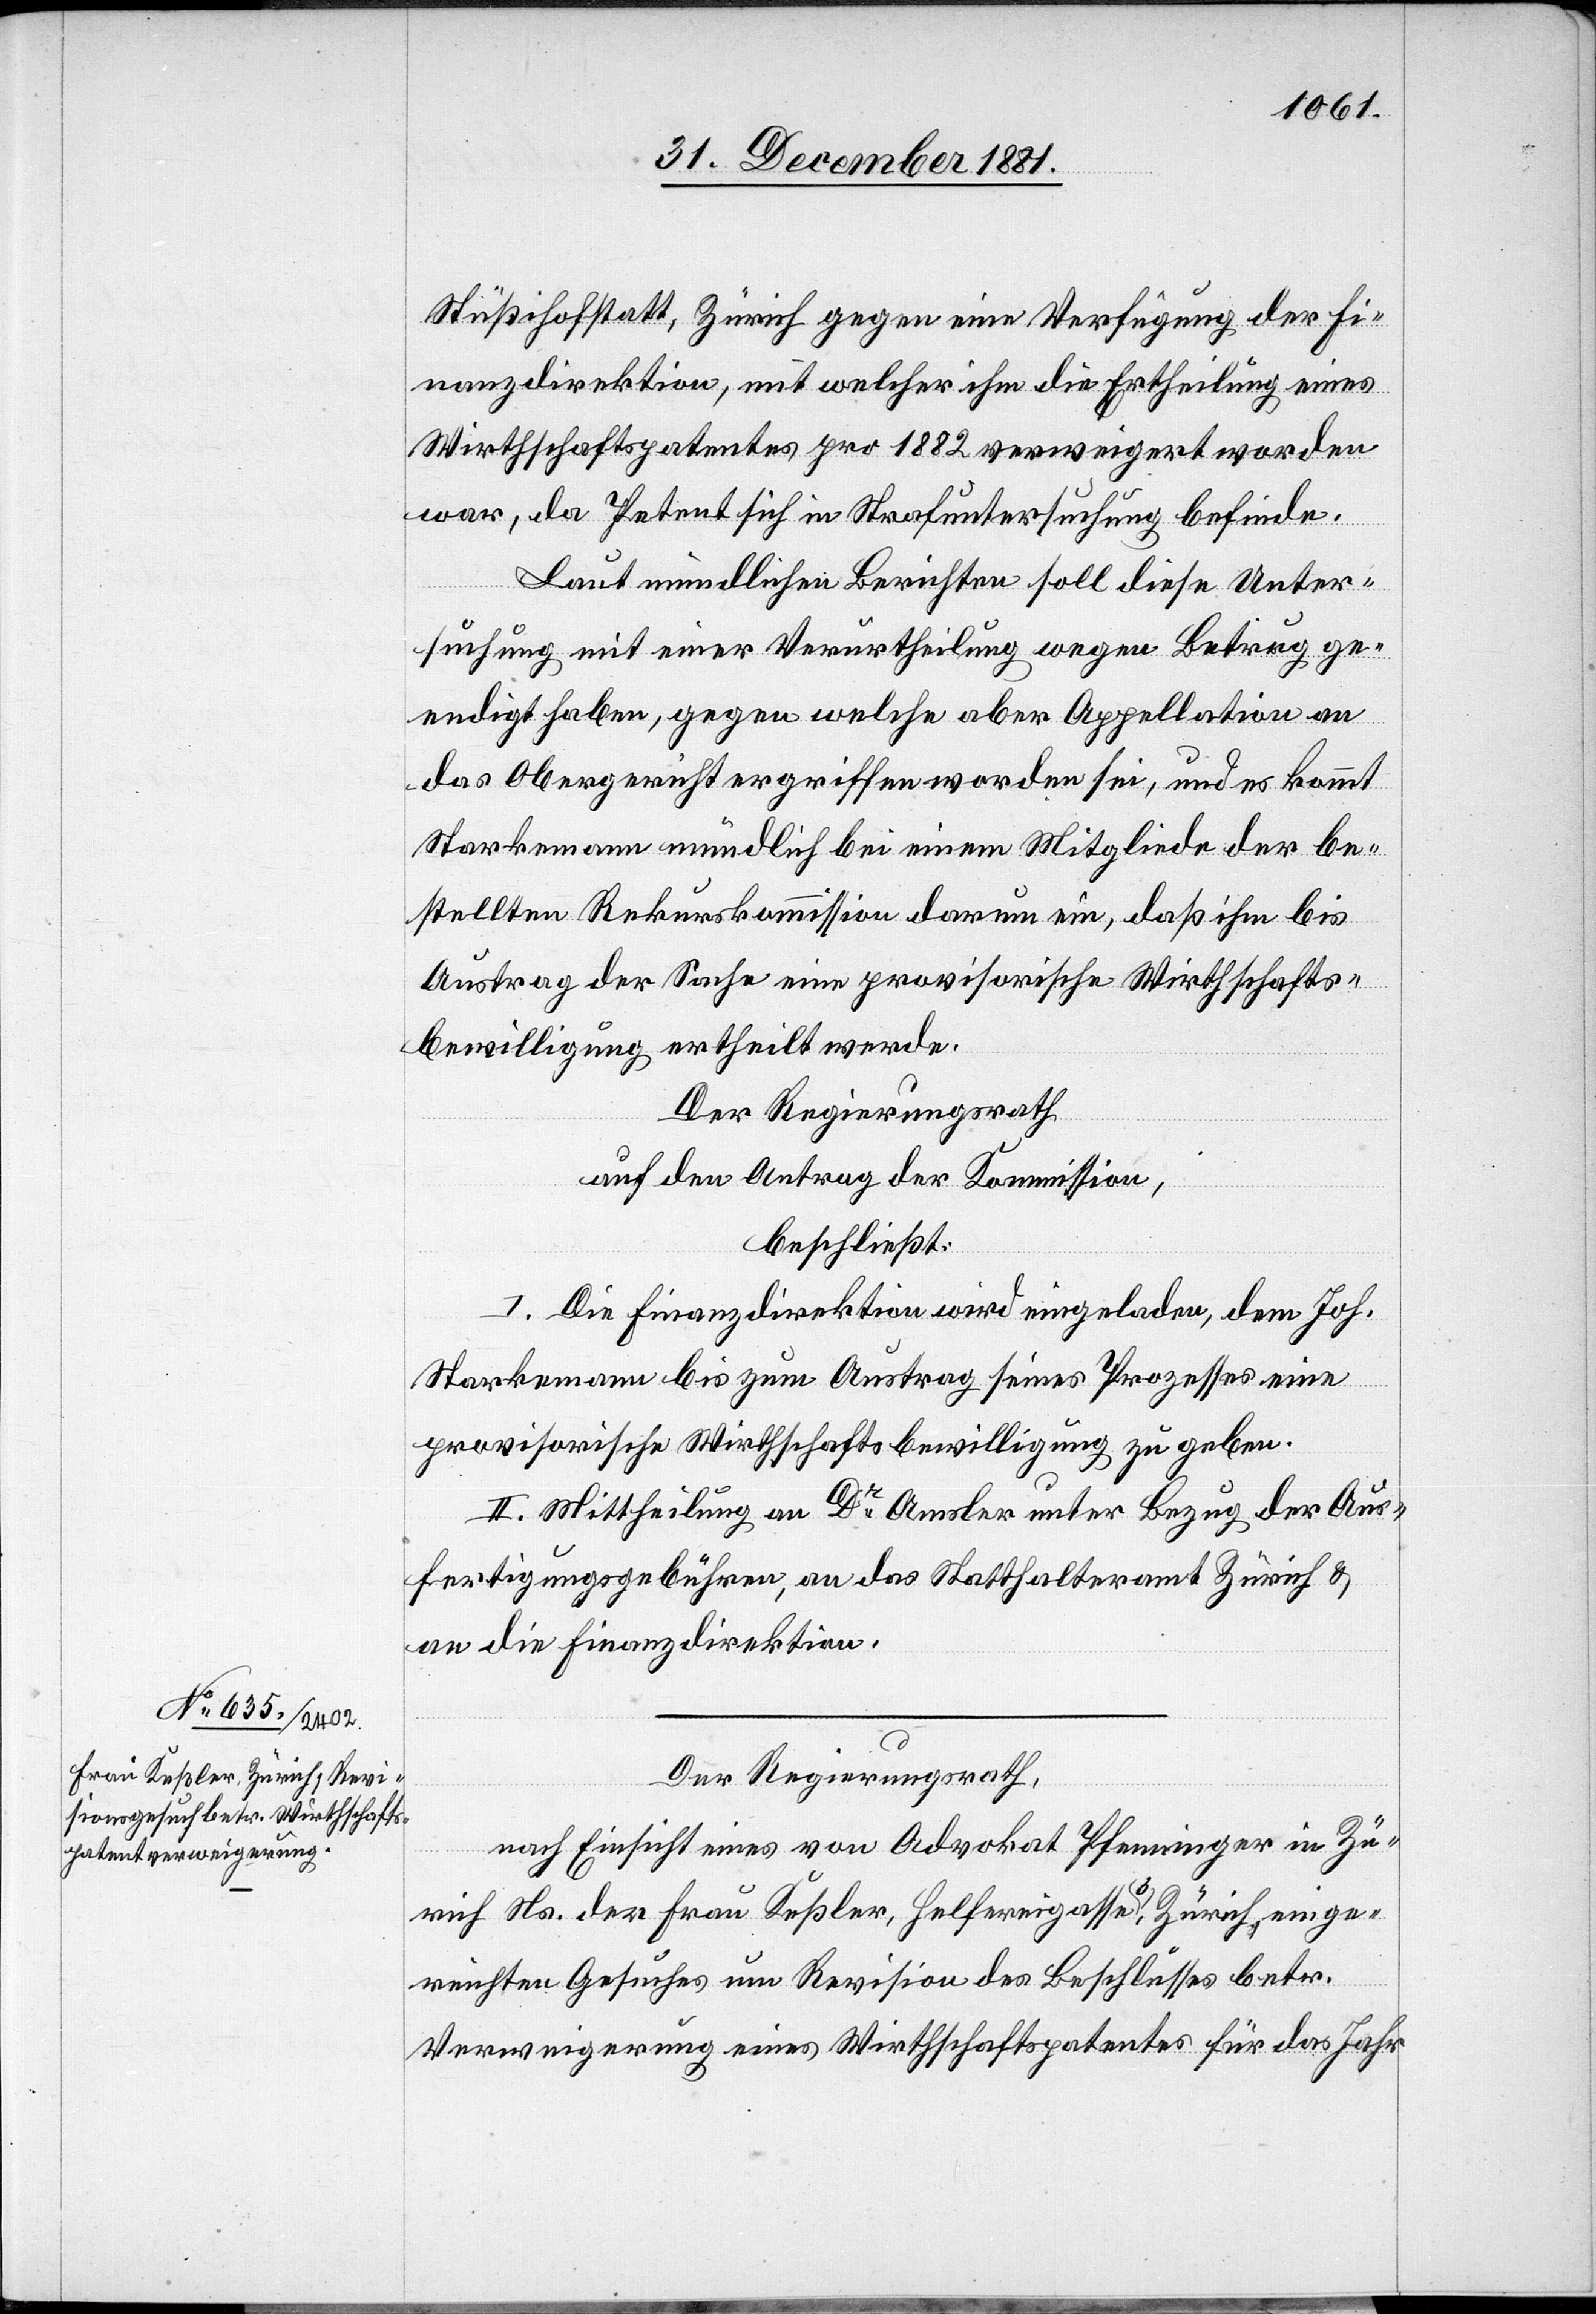
Stüßihofstatt, Zürich gegen eine Verfügung der Fi¬
nanzdirektion, mit welcher ihm die Ertheilung eines
Wirthschaftspatentes pro 1882 verweigert worden
war, da Petent sich in Strafuntersuchung befinde.
Laut mündlichen Berichten soll diese Unter¬
suchung mit einer Verurtheilung wegen Betrug ge¬
endigt haben, gegen welche aber Appellation an
das Obergericht ergriffen worden sei, und es kommt
Starkemann mündlich bei einem Mitgliede der be¬
stellten Rekurskommission darum ein, daß ihm bis
Austrag der Sache eine provisorische Wirthschafts¬
bewilligung ertheilt werde.
Der Regierungsrath,
auf den Antrag der Kommission,
beschließt:
I. Die Finanzdirektion wird eingeladen, dem Joh.
Starkemann bis zum Austrag seines Prozesses eine
provisorische Wirthschaftsbewilligung zu geben.
II. Mittheilung an Dr Amsler unter Bezug der Aus¬
fertigungsgebühren, an das Statthalteramt Zürich &
an die Finanzdirektion.
Der Regierungsrath,
nach Einsicht eines von Advokat Pfenninger in Zü¬
rich Ns. der Frau Keßler, Helfereigasse 3, Zürich, einge¬
reichten Gesuches um Revision des Beschlusses betr.
Verweigerung eines Wirthschaftspatentes für das Jahr